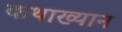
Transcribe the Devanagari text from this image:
कथाख्यान